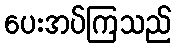
ပေးအပ်ကြသည်